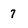
Character: 7